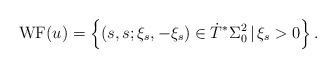
LaTeX: \begin{align*} \mathrm{WF}(u) = \left\{ (s, s; \xi_s, -\xi_s) \in \dot{T}^{*} \Sigma_0^2 \,|\, \xi_s > 0 \right\}.\end{align*}